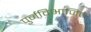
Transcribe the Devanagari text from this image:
पुर्नविभाजित